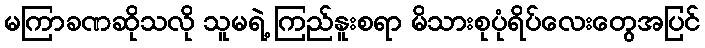
မကြာခဏဆိုသလို သူမရဲ့ ကြည်နူးစရာ မိသားစုပုံရိပ်လေးတွေအပြင်